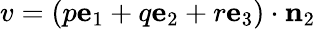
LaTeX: v=(p\mathbf{e}_{1}+q\mathbf{e}_{2}+r\mathbf{e}_{3})\cdot\mathbf{n}_{2}